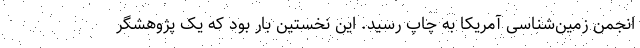
انجمن زمین‌شناسی آمریکا به چاپ رسید. این نخستین بار بود که یک پژوهشگر